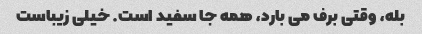
بله، وقتی برف می بارد، همه جا سفید است. خیلی زیباست